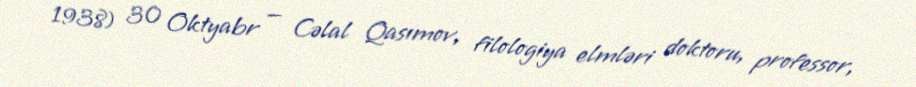
1938) 30 Oktyabr — Cəlal Qasımov, filologiya elmləri doktoru, professor,